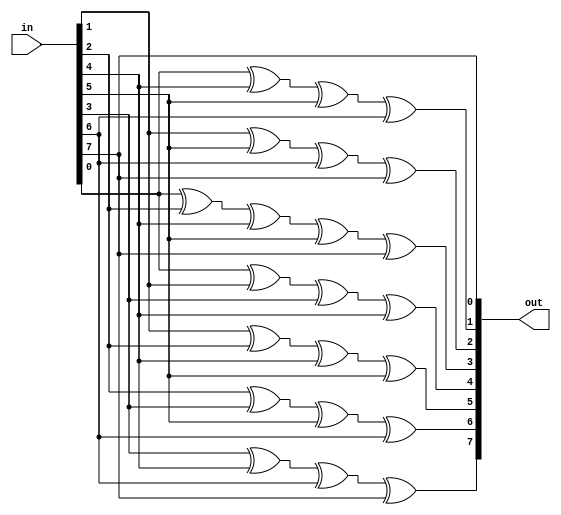
module keccak_next_round(in, out);
    input [7:0] in;
    output [7:0] out;
    
    assign out[0] = in[7];
    assign out[1] = in[0]^ in[4]^ in[5]^ in[6];
    assign out[2] = in[1]^ in[5]^ in[6]^ in[7];
    assign out[3] = in[0]^ in[2]^ in[4]^ in[5]^ in[7];
    assign out[4] = in[0]^ in[1]^ in[3]^ in[4];
    assign out[5] = in[1]^ in[2]^ in[4]^ in[5];
    assign out[6] = in[2]^ in[3]^ in[5]^ in[6];
    assign out[7] = in[3]^ in[4]^ in[6]^ in[7];
endmodule

module keccak_key_expand(in, out);
    input [7:0] in;
    output [31:0] out;
    
    assign out = {in[5], 15'b0, in[4], 7'b0, in[3], 3'b0, in[2], 1'b0, in[1], in[0]};
endmodule

`define IDX32(x) ((x)*(32)) +: 32
`define LANE(x,y) (((x)%5)+5*((y)%5))

module keccak_theta(in, out);
    input [799:0] in;
    output [799:0] out;
    wire [31:0] parity [4:0];
    
    genvar i;
    generate
    for (i = 0; i < 5; i = i+1)
    begin : loop1
        assign parity[i] = in[`IDX32(i)] ^ in[`IDX32(i+5)] ^ in[`IDX32(i+10)] ^ in[`IDX32(i+15)] ^ in[`IDX32(i+20)];
    end
    endgenerate

    generate
    for (i = 0; i < 25; i = i+1)
    begin : loop2
        wire [31:0] tmp = {parity[(i+1)%5][30:0], parity[(i+1)%5][31]};
        assign out[`IDX32(i)] = in[`IDX32(i)] ^ parity[(i+4)%5] ^ tmp;
    end
    endgenerate
endmodule

module keccak_rho(in, out);
    input [799:0] in;
    output [799:0] out;
    
    assign out = {
        in[785:768],in[799:786],
        in[743:736],in[767:744],
        in[706:704],in[735:707],
        in[701:672],in[703:702],
        in[653:640],in[671:654],
        in[631:608],in[639:632],
        in[586:576],in[607:587],
        in[560:544],in[575:561],
        in[530:512],in[543:531],
        in[502:480],in[511:503],
        in[472:448],in[479:473],
        in[422:416],in[447:423],
        in[404:384],in[415:405],
        in[373:352],in[383:374],
        in[348:320],in[351:349],
        in[299:288],in[319:300],
        in[264:256],in[287:265],
        in[249:224],in[255:250],
        in[211:192],in[223:212],
        in[187:160],in[191:188],
        in[132:128],in[159:133],
        in[99:96],in[127:100],
        in[65:64],in[95:66],
        in[62:32],in[63:63],
        in[31:0]
    };
endmodule

module keccak_pi(in, out);
    input [799:0] in;
    output [799:0] out;
    
    genvar x;
    genvar y;
    generate
    for (x = 0; x < 5; x = x+1)
    begin : outer
        for (y = 0; y < 5; y = y+1)
        begin : loop
            assign out[`IDX32(`LANE(0*x+1*y, 2*x+3*y))] = in[`IDX32(`LANE(x, y))];
        end
    end
    endgenerate
endmodule

module keccak_chi(in, out);
    input [799:0] in;
    output [799:0] out;
    
    genvar i;
    generate
    for (i = 0; i < 25; i = i+1)
    begin : loop
        localparam i1 = i-(i%5)+((i+1)%5);
        localparam i2 = i-(i%5)+((i+2)%5);
        assign out[`IDX32(i)] = in[`IDX32(i)] ^ ((~in[`IDX32(i1)]) & in[`IDX32(i2)]);
    end
    endgenerate
endmodule

module keccak_iota(in, roundkey, out);
    input [799:0] in;
    input [7:0] roundkey;
    output [799:0] out;
    
    wire [31:0] expanded;
    keccak_key_expand re(roundkey, expanded);
    assign out = {in[799:32], in[31:0] ^ expanded};
endmodule    

module keccak_buffer(clk, statein, keyin, stateout, keyout);
    input clk;
    input [799:0] statein;
    input [7:0] keyin;
    output reg [799:0] stateout;
    output reg [7:0] keyout;
    
    always @(posedge clk)
    begin
        stateout <= statein;
        keyout <= keyin;
    end
endmodule

module keccak_round(clk, in, out);
    input clk;
    input [807:0] in;
    output [807:0] out;
    
    wire [799:0] midstate [6:0];
    wire [7:0] roundkey [2:0];
    
    reg [799:0] statebuf;
    reg [7:0] keybuf;
    
    assign midstate[0] = in[799:0];
    assign roundkey[0] = in[807:800];
    
    keccak_theta  theta (midstate[0], midstate[1]);
    keccak_buffer buffer(clk, midstate[1], roundkey[0], midstate[2], roundkey[1]);
    keccak_rho    rho   (midstate[2], midstate[3]);
    keccak_pi     pi    (midstate[3], midstate[4]);
    keccak_chi    chi   (midstate[4], midstate[5]);
    keccak_iota   iota  (midstate[5], roundkey[1], midstate[6]);
    keccak_next_round next(roundkey[1], roundkey[2]);
    
    assign out = {roundkey[2], midstate[6]};
endmodule

module keccak_padding(in, out);
    parameter WIDTH = 0;
    
    input [WIDTH-1:0] in;
    output [807:0] out;
    
    // 0x35 for 12 rounds
    assign out = {8'h35, {799-WIDTH{1'b0}}, 1'b1, in};
endmodule

module keccak_hasher(clk, in, read, out, write);
    parameter WIDTH = 0; // input width
    parameter THROUGHPUT = 1; // clocks per hash

    localparam ROUNDS = 12;
    localparam UNROLLING = (ROUNDS-1) / THROUGHPUT + 1;
    // Add some extra delay so that gcd(THROUGHPUT, 2*UNROLLING+EXTRA_DELAY)=1
    localparam EXTRA_DELAY = 
        (THROUGHPUT == 3) ? 2 :
        (THROUGHPUT == 10) ? 3 :
        (THROUGHPUT < 12) ? 1 :
        ((THROUGHPUT % 6) == 0) ? 3 :
        ((THROUGHPUT % 6) == 3) ? 2 : 1;
    localparam LATENCY = 2*ROUNDS + ((ROUNDS-1) / UNROLLING) * EXTRA_DELAY + 1;
    
    input clk;
    input [WIDTH-1:0] in;
    input read;
    output reg [255:0] out;
    output write;
    
    reg [807:0] state[UNROLLING+EXTRA_DELAY-1:0];
    wire [807:0] next[UNROLLING+EXTRA_DELAY-1:0];
    
    wire [807:0] padded;
    keccak_padding #(WIDTH) padder(in, padded);
    
    genvar i;
    generate
    for (i = 0; i < UNROLLING; i = i+1)
    begin : loop1
        keccak_round round(clk, state[i], next[i]);
    end
    endgenerate

    generate
    for (i = 0; i < EXTRA_DELAY; i = i+1)
    begin : loop2
        assign next[i+UNROLLING] = state[i+UNROLLING];
    end
    endgenerate
    
    generate
    for (i = 1; i < UNROLLING+EXTRA_DELAY; i = i+1)
    begin : loop3
        always @(posedge clk)
            state[i] <= next[i-1];
    end
    endgenerate
        
    reg [LATENCY-1:0] progress;
    initial progress = {LATENCY{1'h0}};
    assign write = progress[LATENCY-1];
    
    generate
    for (i = 1; i < LATENCY; i = i+1)
    begin : loop4
        always @(posedge clk)
            progress[i] <= progress[i-1];
    end
    endgenerate

    always @(posedge clk)
    begin
        if (THROUGHPUT == 1 || read)
            state[0] <= padded;
        else
            state[0] <= next[UNROLLING+EXTRA_DELAY-1];
        
        progress[0] <= read;
        
        out <= next[(ROUNDS-1) % UNROLLING][255:0];
    end
endmodule